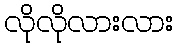
လိုလိုလားလား